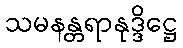
သမနန္တရာနုဒ္ဒိဋ္ဌေ